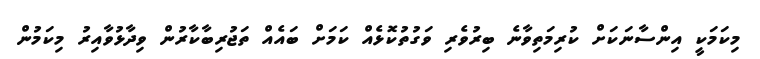
މިކަމަކީ އިންސާނަކަށް ކުރިމަތިވާނެ ބިރުވެރި ވަގުތުކޮޅެއް ކަމަށް ބައެއް ތަޖުރިބާކާރުން ވިދާޅުވާއިރު މިކަމުން